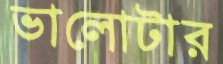
ভালোটার